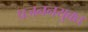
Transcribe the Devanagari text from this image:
प्रजननयुक्त